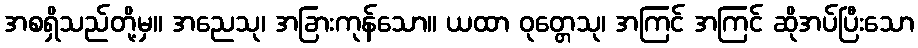
အစရှိသည်တို့မှ။ အညေသု၊ အခြားကုန်သော။ ယထာ ဝုတ္တေသု၊ အကြင် အကြင် ဆိုအပ်ပြီးသော